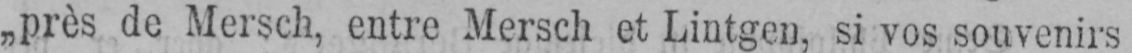
„près de Mersch, entre Mersch et Lintgen, si vos souvenirs